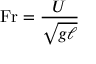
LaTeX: \mathrm { F r } = { \frac { U } { \sqrt { g \ell } } }